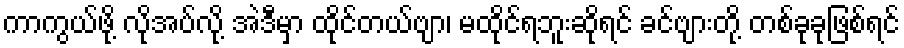
ကာကွယ်ဖို့ လိုအပ်လို့ အဲဒီမှာ ထိုင်တယ်ဗျာ၊ မထိုင်ရဘူးဆိုရင် ခင်ဗျားတို့ တစ်ခုခုဖြစ်ရင်